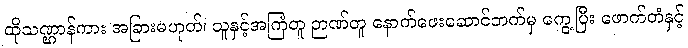
ထိုသဏ္ဌာန်ကား အခြားမဟုတ်၊ သူနှင့်အကြံတူ ဉာဏ်တူ နောက်ဖေးဆောင်ဘက်မှ ကွေ့ပြီး ဖောက်တံနှင့်